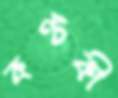
কণ্টকী